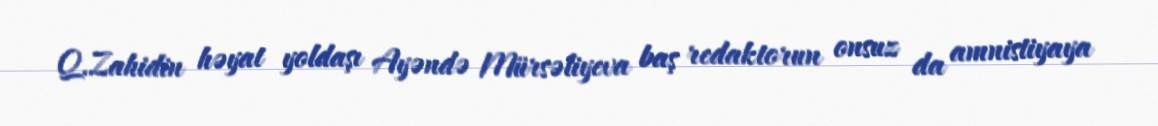
Q.Zahidin həyat yoldaşı Ayəndə Mürsəliyeva baş redaktorun onsuz da amnistiyaya